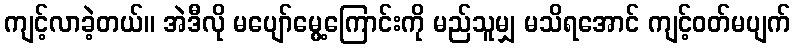
ကျင့်လာခဲ့တယ်။ အဲဒီလို မပျော်မွေ့ကြောင်းကို မည်သူမျှ မသိရအောင် ကျင့်ဝတ်မပျက်